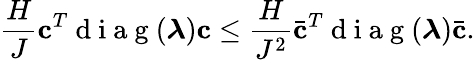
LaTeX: \frac{H}{J}\mathbf{c}^{T}\mathrm{~d~i~a~g~}(\boldsymbol{\lambda})\mathbf{c}\leq\frac{H}{J^{2}}\bar{\mathbf{c}}^{T}\mathrm{~d~i~a~g~}(\boldsymbol{\lambda})\bar{\mathbf{c}}.